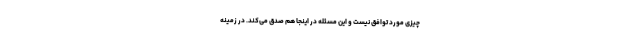
چیزی مورد توافق نیست و این مسئله در اینجا هم صدق می‌کند. در زمینه